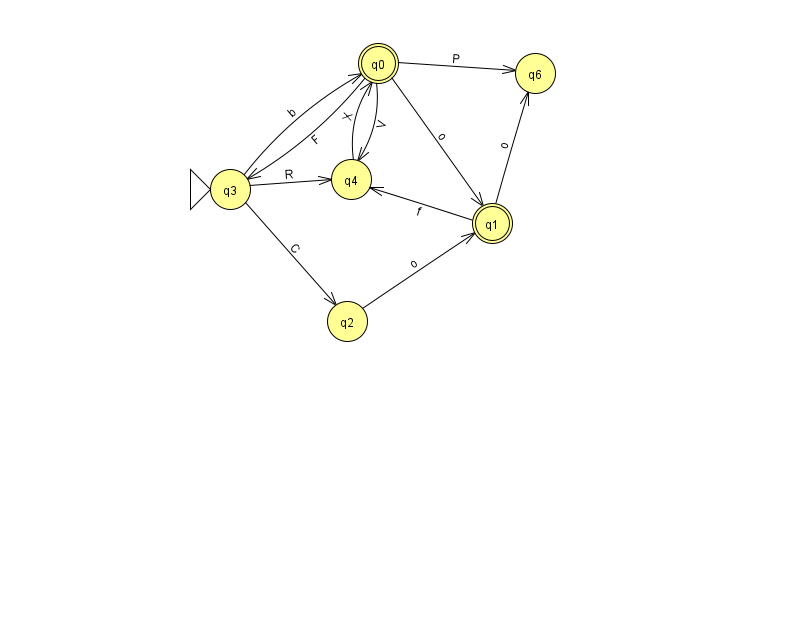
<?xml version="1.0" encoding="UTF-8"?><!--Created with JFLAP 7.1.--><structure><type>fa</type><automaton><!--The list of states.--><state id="0" name="q0"><x>378.0</x><y>50.0</y><final/></state><state id="1" name="q1"><x>492.0</x><y>210.0</y><final/></state><state id="2" name="q2"><x>347.0</x><y>308.0</y></state><state id="3" name="q3"><x>230.0</x><y>176.0</y><initial/></state><state id="4" name="q4"><x>351.0</x><y>166.0</y></state><state id="6" name="q6"><x>535.0</x><y>60.0</y></state><!--The list of transitions.--><transition><from>0</from><to>1</to><read>o</read></transition><transition><from>0</from><to>4</to><read>V</read></transition><transition><from>3</from><to>0</to><read>b</read></transition><transition><from>3</from><to>4</to><read>R</read></transition><transition><from>0</from><to>3</to><read>F</read></transition><transition><from>1</from><to>4</to><read>f</read></transition><transition><from>2</from><to>1</to><read>o</read></transition><transition><from>4</from><to>0</to><read>X</read></transition><transition><from>3</from><to>2</to><read>C</read></transition><transition><from>0</from><to>6</to><read>P</read></transition><transition><from>1</from><to>6</to><read>o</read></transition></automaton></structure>